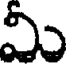
మీ